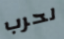
لحرب